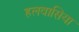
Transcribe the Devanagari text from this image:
हलवासिया